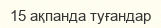
15 ақпанда туғандар